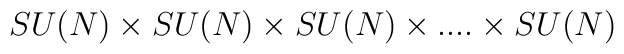
SU(N) \times SU(N) \times SU(N) \times  . . . . \times SU(N)